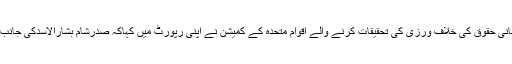
دریں اثناء جنیوا سے موصولہ اطلاع کے بموجب شام کے انسانی حقوق کی خلاف ورزی کی تحقیقات کرنے والے اقوام متحدہ کے کمیشن نے اپنی رپورٹ میں کہاکہ صدرشام بشارالاسدکی جانب سے جنگی جرائم کے ارتکاب کا زبردست ثبوت موجود ہے ۔